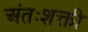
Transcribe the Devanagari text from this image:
अंतःशक्ती